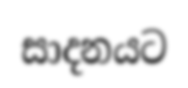
සාදනයට